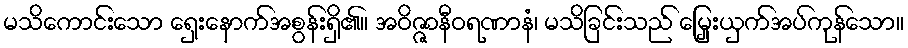
မသိကောင်းသော ရှေးနောက်အစွန်းရှိ၏။ အဝိဇ္ဇာနီဝရဏာနံ၊ မသိခြင်းသည် မြှေးယှက်အပ်ကုန်သော။